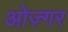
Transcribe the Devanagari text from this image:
ओज़्गर